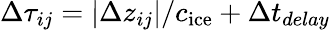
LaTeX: \Delta\tau_{ij}=|\Delta z_{ij}|/c_{\mathrm{ice}}+\Delta t_{delay}